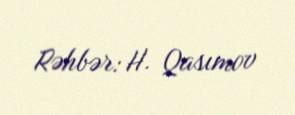
Rəhbər: H. Qasımov